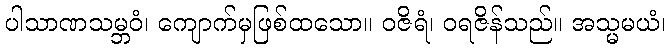
ပါသာဏသမ္ဘဝံ၊ ကျောက်မှဖြစ်ထသော။ ဝဇိရံ၊ ဝရဇိန်သည်။ အသ္မမယံ၊